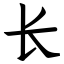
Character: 长